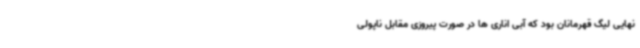
نهایی لیگ قهرمانان بود که آبی اناری ها در صورت پیروزی مقابل ناپولی